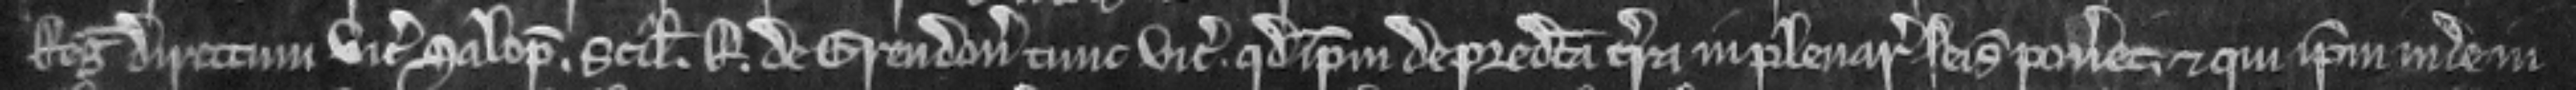
Regis directum vicecomiti Salopi. scilicet R de Grendon tunc vicecomitis. quod ipsum de predicta terra in plenaria seisina poneret. et qui ipsum inde